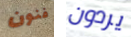
فنون يردون